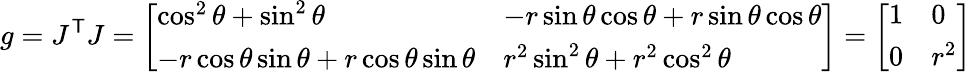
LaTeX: g=J^{\mathsf{T}}J={\left[\begin{array}{ll}{\cos^{2}\theta+\sin^{2}\theta}&{-r\sin\theta\cos\theta+r\sin\theta\cos\theta}\\ {-r\cos\theta\sin\theta+r\cos\theta\sin\theta}&{r^{2}\sin^{2}\theta+r^{2}\cos^{2}\theta}\end{array}\right]}={\left[\begin{array}{ll}{1}&{0}\\ {0}&{r^{2}}\end{array}\right]}